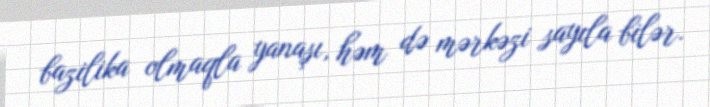
bazilika olmaqla yanaşı, həm də mərkəzi sayıla bilər.